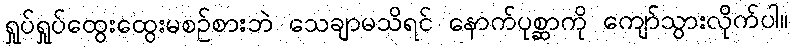
ရှုပ်ရှုပ်ထွေးထွေးမစဉ်စားဘဲ သေချာမသိရင် နောက်ပုစ္ဆာကို ကျော်သွားလိုက်ပါ။